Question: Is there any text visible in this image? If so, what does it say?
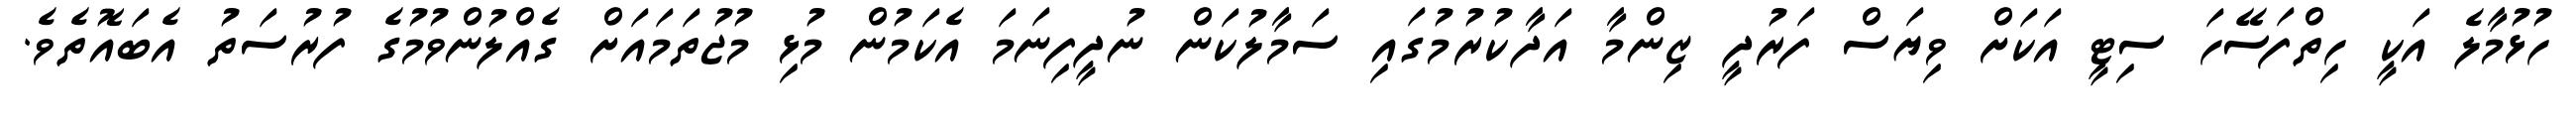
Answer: ހުޅުމާލެ އަކީ ހިތްފަސޭހަ ސިޓީ އަކަށް ވިޔަސް ފަރުދީ ޒިންމާ އަދާކުރުމުގައި ސަމާލުކަން ނުދީފިނަމަ އެކަމުން މުޅި މުޖުތަމައަށް ގެއްލުންވުމުގެ ފުރުސަތު އެބައޮތެވެ.